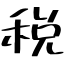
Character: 税